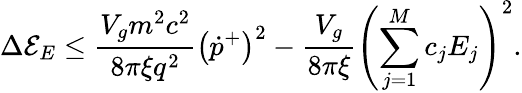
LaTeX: \Delta\mathcal{E}_{E}\leq\frac{V_{g}m^{2}c^{2}}{8\pi\xi q^{2}}\left(\dot{p}^{+}\right)^{2}-\frac{V_{g}}{8\pi\xi}\left(\sum_{j=1}^{M}c_{j}E_{j}\right)^{2}.